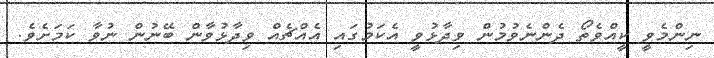
ނިންމެވީ ކީއްވެތޯ ދެންނެވުމުން ވިދާޅުވީ އެކަމުގައި އެއްޗެއް ވިދާޅުވާން ބޭނުން ނުވާ ކަމަށެވެ.